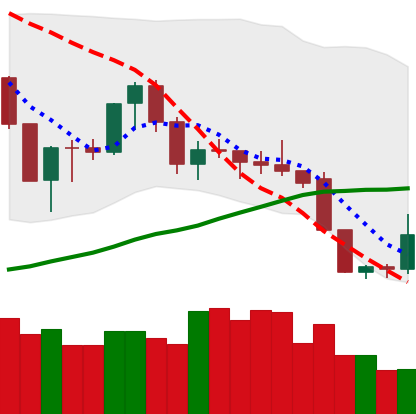
Ticker: XMR-USD
Chart end date: 2019-09-01
Forward return: 5.331%
Label: up_5_7